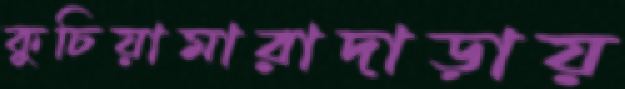
কুচিয়ামারাদাড়ায়